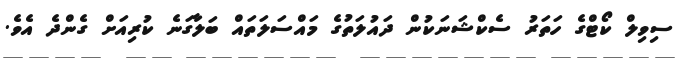
ސިވިލް ކޯޓްގެ ހަތަރު ސެކްޝަނަކުން ދައުލަތުގެ މައްސަލަތައް ބަލާގަނެ ކުރިއަށް ގެންދެ އެވެ.